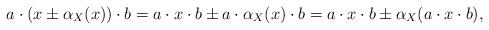
LaTeX: \begin{align*}a \cdot (x \pm \alpha_X(x)) \cdot b = a\cdot x \cdot b \pm a \cdot \alpha_X(x) \cdot b = a\cdot x \cdot b \pm \alpha_X(a\cdot x\cdot b),\end{align*}